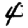
Digit: 4